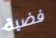
فضية